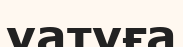
уатуға